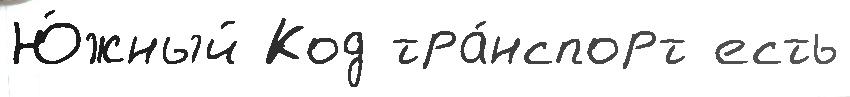
Ю́жный Код тра́нспорт есть